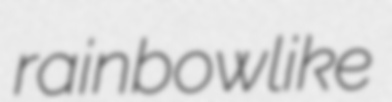
rainbowlike